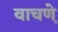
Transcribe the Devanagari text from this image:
वाचणे़